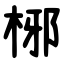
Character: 㭨